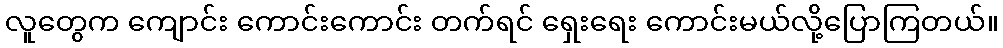
လူတွေက ကျောင်း ကောင်းကောင်း တက်ရင် ရှေးရေး ကောင်းမယ်လို့ပြောကြတယ်။